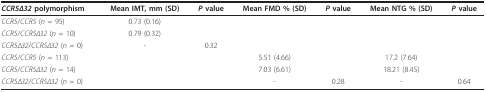
<table><thead><tr><td><b><i>CCR5Δ32 </i>polymorphism</b></td><td><b>Mean IMT, mm (SD)</b></td><td><b><i>P </i>value</b></td><td><b>Mean FMD % (SD)</b></td><td><b><i>P </i>value</b></td><td><b>Mean NTG % (SD)</b></td><td><b><i>P </i>value</b></td></tr></thead><tbody><tr><td><i>CCR5</i>/<i>CCR5 </i>(<i>n </i>= 95)</td><td>0.73 (0.16)</td><td></td><td></td><td></td><td></td><td></td></tr><tr><td><i>CCR5</i>/<i>CCR5Δ32 </i>(<i>n </i>= 10)</td><td>0.79 (0.32)</td><td></td><td></td><td></td><td></td><td></td></tr><tr><td><i>CCR5Δ32</i>/<i>CCR5Δ32 </i>(<i>n </i>= 0)</td><td>-</td><td>0.32</td><td></td><td></td><td></td><td></td></tr><tr><td><i>CCR5</i>/<i>CCR5 </i>(<i>n </i>= 113)</td><td></td><td></td><td>5.51 (4.66)</td><td></td><td>17.2 (7.64)</td><td></td></tr><tr><td><i>CCR5</i>/<i>CCR5Δ32 </i>(<i>n </i>= 14)</td><td></td><td></td><td>7.03 (6.61)</td><td></td><td>18.21 (8.45)</td><td></td></tr><tr><td><i>CCR5Δ32</i>/<i>CCR5Δ32 </i>(<i>n </i>= 0)</td><td></td><td></td><td>-</td><td>0.28</td><td>-</td><td>0.64</td></tr></tbody></table>